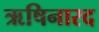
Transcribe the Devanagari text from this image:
ऋषिनारद